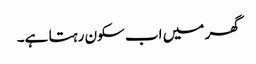
گھر میں اب سکون رہتا ہے۔